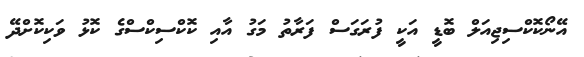
އޭނޯކޮކްސިޖިއަލް ބޮޑީ އަކީ ފުރަގަސް ފަރާތު މަގު އާއި ކޮކްސިކްސްގެ ކޮޅު ވަކިކޮށްދޭ